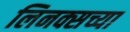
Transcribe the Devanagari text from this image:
लिनक्सच्या